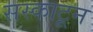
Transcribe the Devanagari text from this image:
सस्काटून